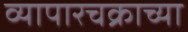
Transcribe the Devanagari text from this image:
व्यापारचक्राच्या